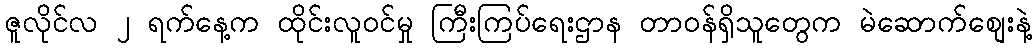
ဇူလိုင်လ ၂ ရက်နေ့က ထိုင်းလူ၀င်မှု ကြီးကြပ်ရေးဌာန တာ၀န်ရှိသူတွေက မဲဆောက်စျေးနဲ့